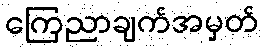
ကြေညာချက်အမှတ်